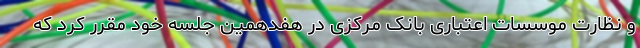
و نظارت موسسات اعتباری بانک مرکزی در هفدهمین جلسه خود مقرر کرد که